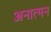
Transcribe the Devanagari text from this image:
अनात्मन